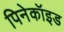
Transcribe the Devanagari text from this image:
पिनेकॉइड